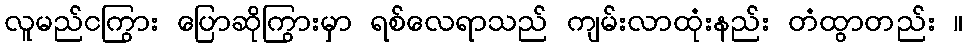
လူမည်ငကြွား ပြောဆိုကြွားမှာ ရစ်လေရာသည် ကျမ်းလာထုံးနည်း တံထွာတည်း ။